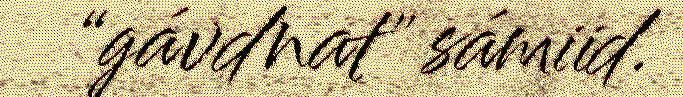
“gávdnat" sámiid.